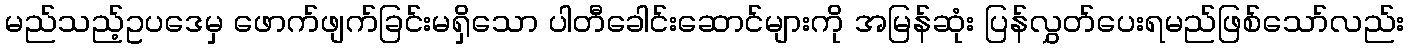
မည်သည့်ဥပဒေမှ ဖောက်ဖျက်ခြင်းမရှိသော ပါတီခေါင်းဆောင်များကို အမြန်ဆုံး ပြန်လွှတ်ပေးရမည်ဖြစ်သော်လည်း